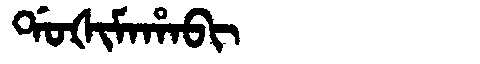
Manchu: ᡩᠣᡧᡳᠮᠠᡥᠠᠪᡳ
Romanization: DOŠIMAHABI